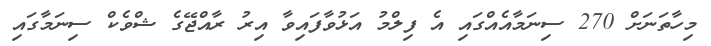
މިހާތަނަށް 270 ސިނަމާއެއްގައި އެ ފިލްމު އަޅުވާފައިވާ އިރު ރާއްޖޭގެ ޝްވެކް ސިނަމާގައި